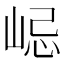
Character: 𡷞